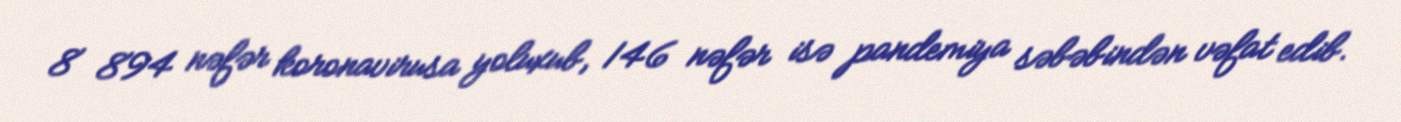
8 894 nəfər koronavirusa yoluxub, 146 nəfər isə pandemiya səbəbindən vəfat edib.